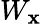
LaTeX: W_{\mathbf{x}}